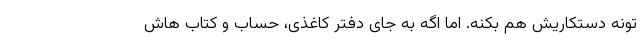
تونه دستکاریش هم بکنه. اما اگه به جای دفتر کاغذی، حساب و کتاب هاش